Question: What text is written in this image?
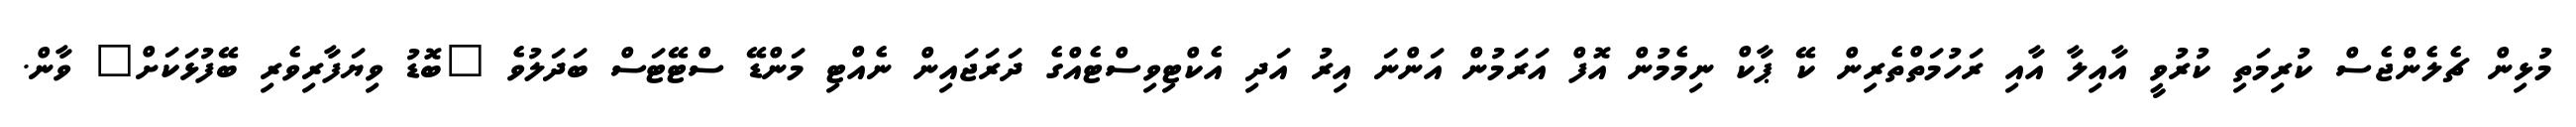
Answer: މުޅިން ޗެލެންޖެސް ކުރިމަތި ކުރުވީ އާއިލާ އާއި ރަހުމަތްތެރިން ކޭ ޕާކް ނިމެމުން އޮފް އަރަމުން އަންނަ އިރު އަދި އެކްޓިވިސްޓެއްގެ ދަރަޖައިން ނެއްޓި މަންޑޭ ސްޓޭޓަސް ބަދަލުވެ "ބޮޑު ވިޔަފާރިވެރި ބޭފުޅަކަށް" ވާން.